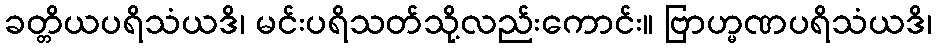
ခတ္တိယပရိသံယဒိ၊ မင်းပရိသတ်သို့လည်းကောင်း။ ဗြာဟ္မဏပရိသံယဒိ၊